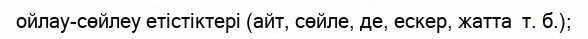
ойлау-сөйлеу етістіктері (айт, сөйле, де, ескер, жатта  т. б.);